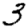
Digit: 3